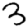
Digit: 3